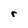
Character: r